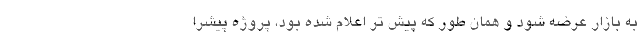
به بازار عرضه شود و همان طور که پیش تر اعلام شده بود، پروژه پیشرا